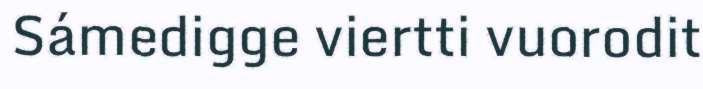
Sámedigge viertti vuorodit